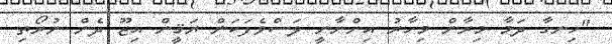
"ހިނގާ ދަމާ މިރާން މިހާރު އިންނާނީ ލަސްވެފަކަން ޔަޤީން އިޒޫ ދެން ނުރޯތި